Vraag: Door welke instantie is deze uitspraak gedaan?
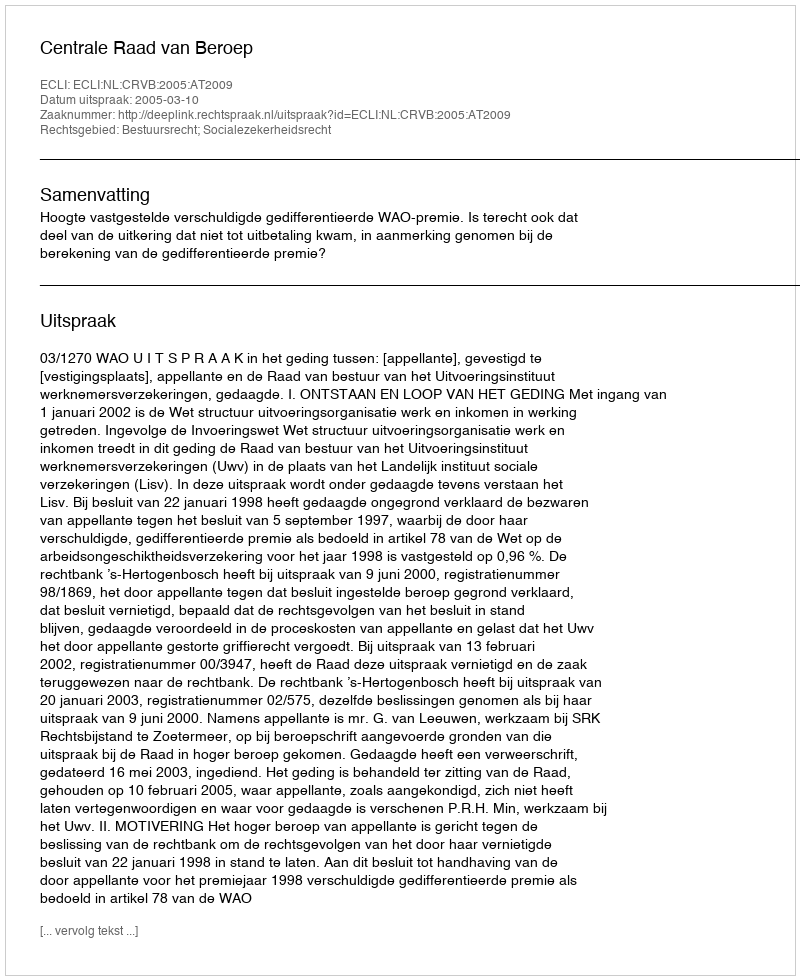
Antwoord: Centrale Raad van Beroep